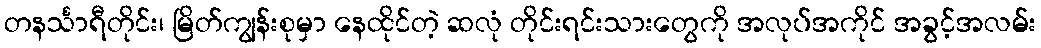
တနင်္သာရီတိုင်း၊ မြိတ်ကျွန်းစုမှာ နေထိုင်တဲ့ ဆလုံ တိုင်းရင်းသားတွေကို အလုပ်အကိုင် အခွင့်အလမ်း